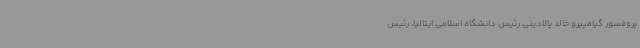
پروفسور گیامپیرو خالد پالادینی رئیس دانشگاه اسلامی ایتالیا، رئیس